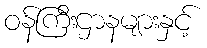
ဝန်ကြီးဌာနများနှင့်